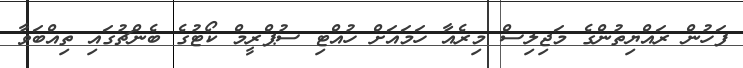
ފަހުން ރައްޔިތުންގެ މަޖިލިސް މިރެއާ ހަމައަށް ހުއްޓި ސުޕްރީމް ކޯޓުގެ ބެންޗުގައި ތިއްބަވާ